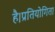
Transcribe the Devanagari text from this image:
है।प्रतियोगिता